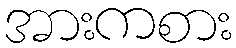
အားကစား